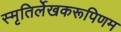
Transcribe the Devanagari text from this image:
स्मृतिर्लेखकरूपिणम